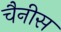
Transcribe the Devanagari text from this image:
चैनीस